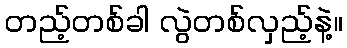
တည့်တစ်ခါ လွဲတစ်လှည့်နဲ့။